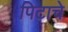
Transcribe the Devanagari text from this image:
पिटाचे